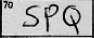
Transcription: SPQ